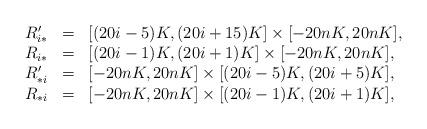
LaTeX: \begin{align*}\begin{array}{lll}R'_{i*} & = & [(20i - 5)K, (20i + 15)K] \times [-20nK, 20nK], \\R_{i*} & = & [(20i - 1)K, (20i + 1)K] \times [-20nK, 20nK], \\R'_{*i} & = & [-20nK, 20nK] \times [(20i - 5)K, (20i + 5)K],\\R_{*i} & = & [-20nK, 20nK] \times [(20i - 1)K, (20i + 1)K],\end{array}\end{align*}